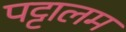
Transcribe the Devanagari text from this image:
पट्टालम